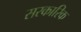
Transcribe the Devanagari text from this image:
सरकारिक